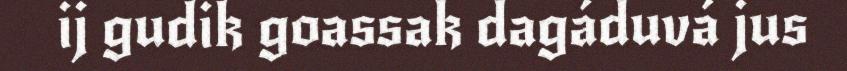
ij gudik goassak dagáduvá jus